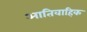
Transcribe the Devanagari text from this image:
आतिवाहिक